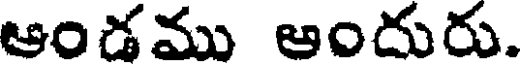
ఆండము ఆందురు.